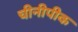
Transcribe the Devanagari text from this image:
चीनीपीक